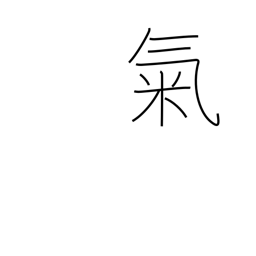
Meaning: mood